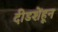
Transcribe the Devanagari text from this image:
दीडशेंहून